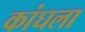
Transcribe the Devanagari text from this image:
कांघला